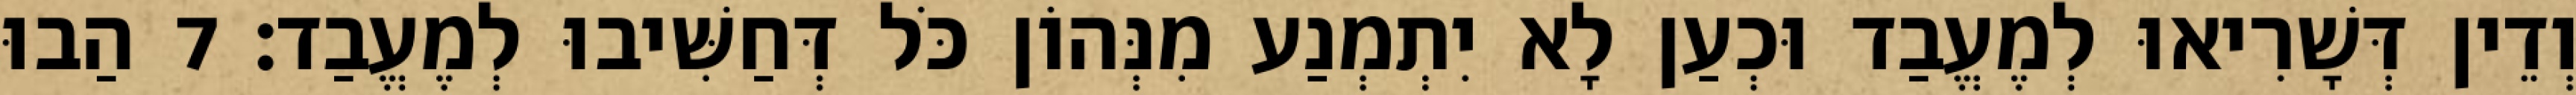
וְדֵין דְּשָׁרִיאוּ לְמֶעֱבַד וּכְעַן לָא יִתְמְנַע מִנְּהוֹן כֹּל דְּחַשִּׁיבוּ לְמֶעֱבַד׃ 7 הַבוּ